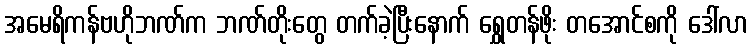
အမေရိကန်ဗဟိုဘဏ်က ဘဏ်တိုးတွေ တက်ခဲ့ပြီးနောက် ရွှေတန်ဖိုး တအောင်စကို ဒေါ်လာ